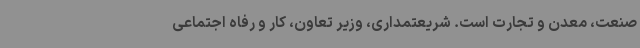
صنعت، معدن و تجارت است. شریعتمداری، وزیر تعاون، کار و رفاه اجتماعی